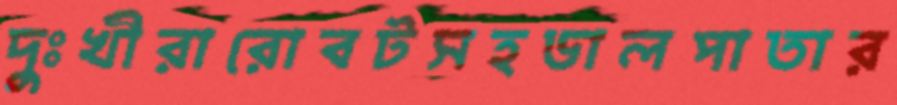
দুঃখীরারোবটসহডালপাতার